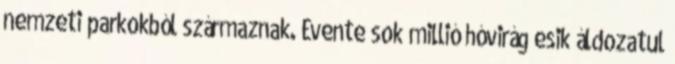
nemzeti parkokból származnak. Évente sok millió hóvirág esik áldozatul